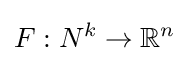
F:N^{k}\to \mathbb {R} ^{n}